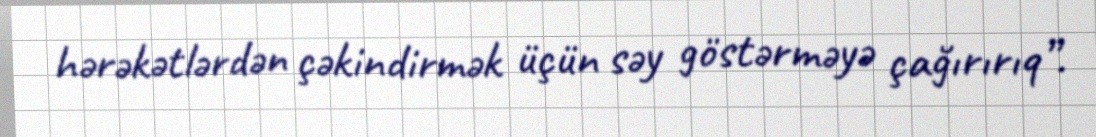
hərəkətlərdən çəkindirmək üçün səy göstərməyə çağırırıq”.